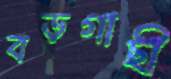
বড়গাছী